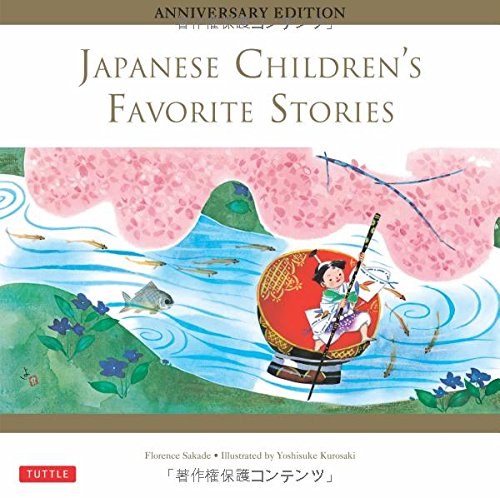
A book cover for Japanese Children's Favorite Stories: Anniversary Edition; Florence Sakade; Children's Books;